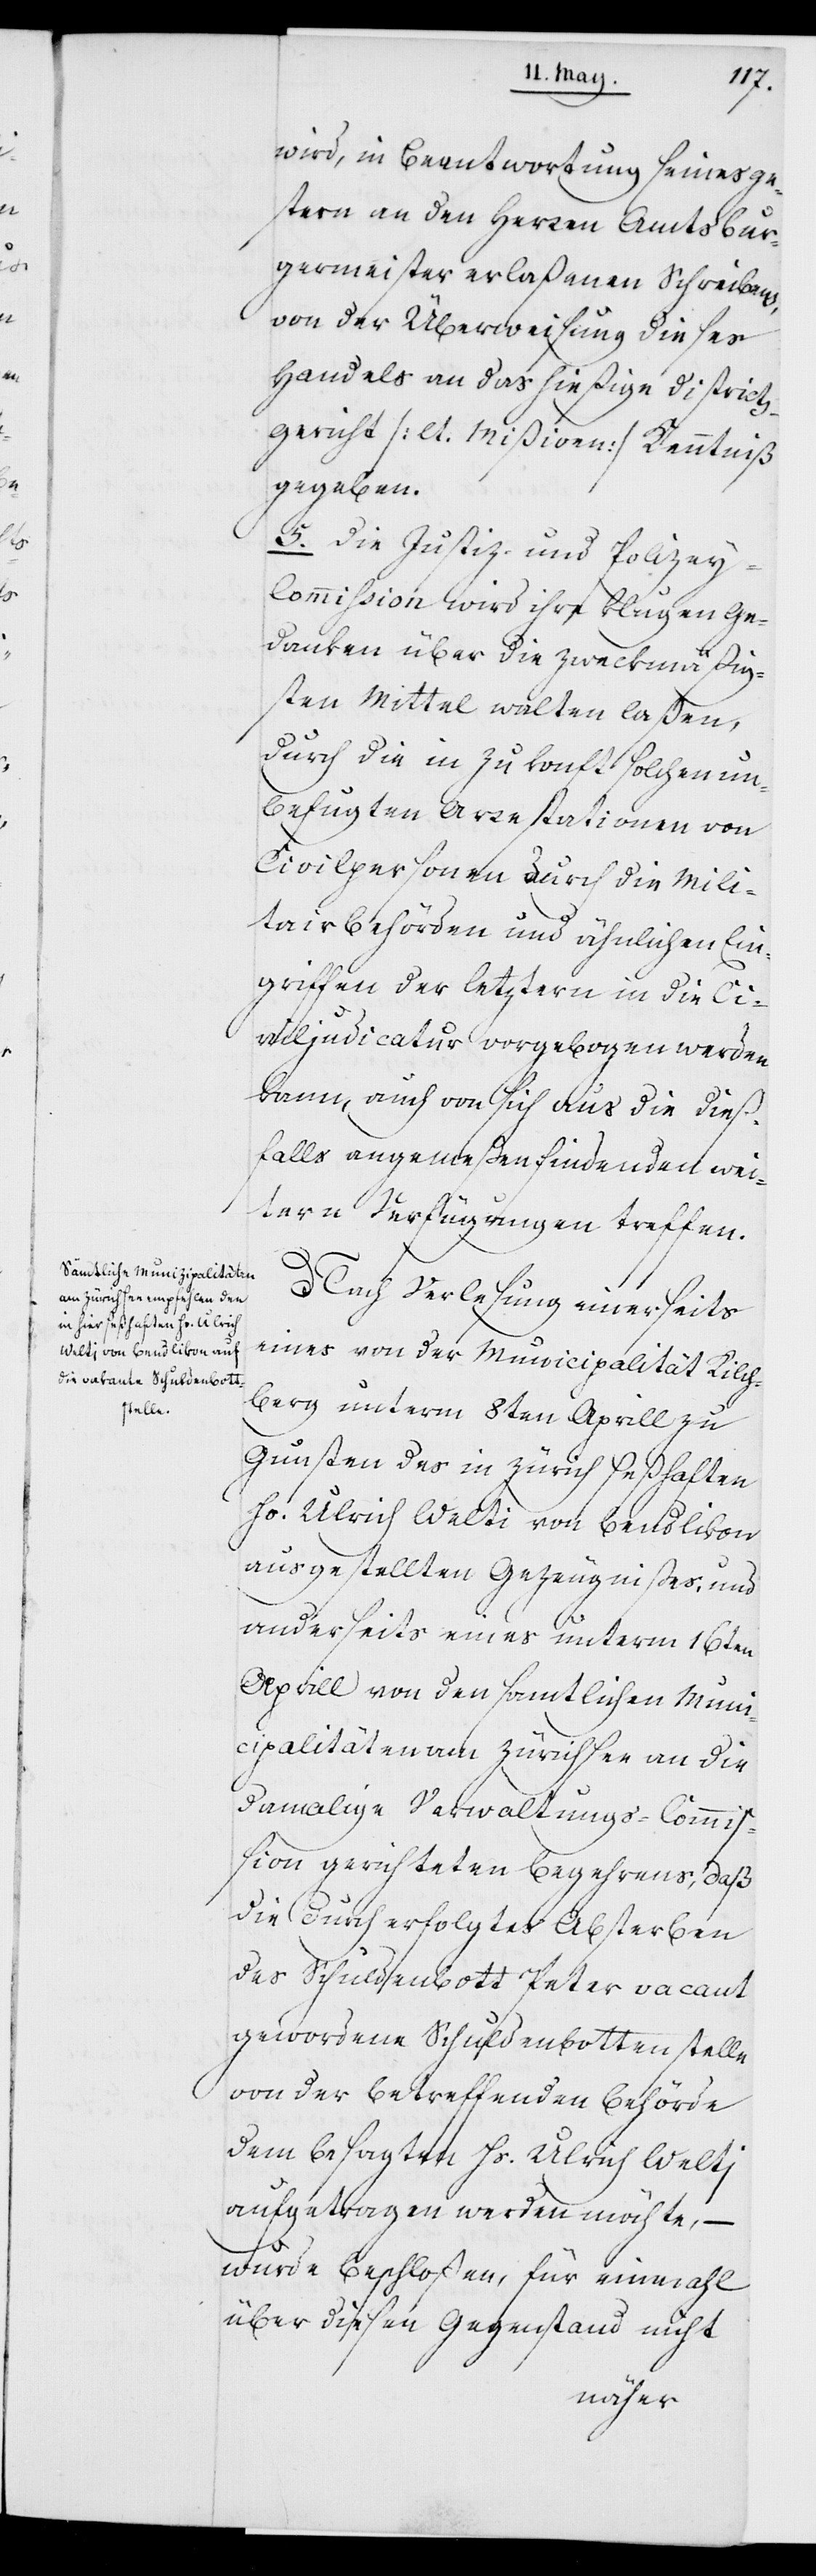
wird, in Beantwortung seines ge¬
stern an den Herren Amtsbur¬
germeister erlaßenen Schreibens,
von der Überweisung dieses
Handels an das hießige District¬
s-Gericht (lt. Mißiven) Kenntniß
gegeben.
5o Die Justiz- und Polize¬
y-Commißion wird ihre klugen Ge¬
danken über die zweckmäßig¬
sten Mittel walten laßen,
durch die in Zukonft solchen un¬
befugten Arrestationen von
Civilpersonen durch die Mili¬
tairbehörden und ähnlichen Ein¬
griffen der letztern in die Ci¬
viljudicatur vorgebogen werden
kann, auch von sich aus die dieß¬
falls angemeßen findenden wei¬
tern Verfügungen treffen.
Nach Verlesung einerseits
eines von der Municipalität Kilch¬
berg unterm 8ten Aprill zu
Gunsten des in Zürich seßhaften
Hs. Ulrich Welti [sic!] von Bendlikon
ausgestellten Gezeugnißes, und
anderseits eines unterm 16ten
Aprill von den samtlichen Muni¬
cipalitäten am Zürichsee an die
damalige Verwaltungs-Commi¬
ßion gerichteten Begehrens, daß
die durch erfolgtes Absterben
des Schuldenbott Peter vacant
gewordene Schuldenbotten-Stelle
von der betreffenden Behörde
dem besagten Hs. Ulrich Weltj
aufgetragen werden möchte, –
wurde beschloßen, für einmahl
über diesen Gegenstand nicht